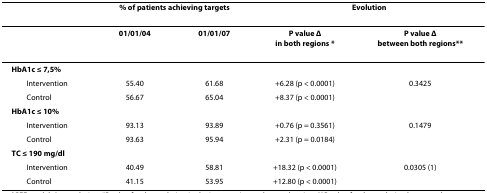
<table><thead><tr><td></td><td colspan="2"><b>% of patients achieving targets</b></td><td colspan="2"><b>Evolution</b></td></tr></thead><tbody><tr><td></td><td><b>01/01/04</b></td><td><b>01/01/07</b></td><td><b>P value Δ</b><b>in both regions *</b></td><td><b>P value Δ</b><b>between both regions**</b></td></tr><tr><td><b>HbA1c ≤ 7,5%</b></td><td></td><td></td><td></td><td></td></tr><tr><td> Intervention</td><td>55.40</td><td>61.68</td><td>+6.28 (p &lt; 0.0001)</td><td>0.3425</td></tr><tr><td> Control</td><td>56.67</td><td>65.04</td><td>+8.37 (p &lt; 0.0001)</td><td></td></tr><tr><td><b>HbA1c ≤ 10%</b></td><td></td><td></td><td></td><td></td></tr><tr><td> Intervention</td><td>93.13</td><td>93.89</td><td>+0.76 (p = 0.3561)</td><td>0.1479</td></tr><tr><td> Control</td><td>93.63</td><td>95.94</td><td>+2.31 (p = 0.0184)</td><td></td></tr><tr><td><b>TC ≤ 190 mg/dl</b></td><td></td><td></td><td></td><td></td></tr><tr><td> Intervention</td><td>40.49</td><td>58.81</td><td>+18.32 (p &lt; 0.0001)</td><td>0.0305 (1)</td></tr><tr><td> Control</td><td>41.15</td><td>53.95</td><td>+12.80 (p &lt; 0.0001)</td><td></td></tr></tbody></table>